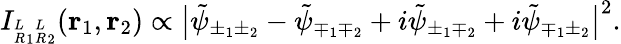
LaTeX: I_{{^L_{R}}_{1}{^L_{R}}_{2}}(\mathbf{r}_{1},\mathbf{r}_{2})\propto\big|\tilde{\psi}_{\pm_{1}\pm_{2}}-\tilde{\psi}_{\mp_{1}\mp_{2}}+i\tilde{\psi}_{\pm_{1}\mp_{2}}+i\tilde{\psi}_{\mp_{1}\pm_{2}}\big|^{2}.